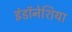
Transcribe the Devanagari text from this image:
इंडॉनेशिया